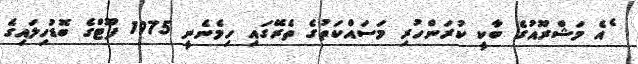
ެއެ މަޝްރޫއުގެ ބާކީ ކުރަންހުރި މަސައްކަތުގެ ތެރޭގައި ހިމެނެނީ 1975 ފޫޓްގެ ބޮޑުހިލައިގެ